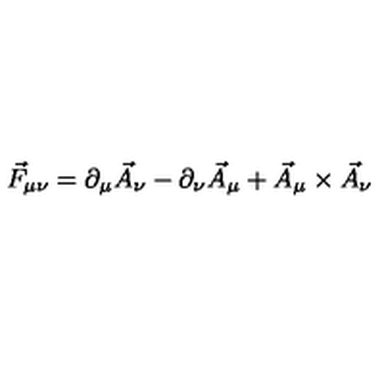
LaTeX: \vec { F } _ { \mu \nu } = \partial _ { \mu } \vec { A } _ { \nu } - \partial _ { \nu } \vec { A } _ { \mu } + \vec { A } _ { \mu } \times \vec { A } _ { \nu }